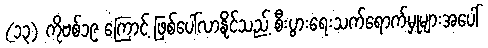
(၁၃) ကိုဗစ်၁၉ ကြောင့် ဖြစ်ပေါ်လာနိုင်သည့် စီးပွားရေးသက်ရောက်မှုများအပေါ်